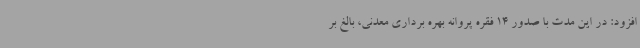
افزود: در این مدت با صدور 14 فقره پروانه بهره برداری معدنی، بالغ بر